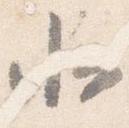
北